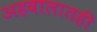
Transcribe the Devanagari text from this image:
अहवालातही